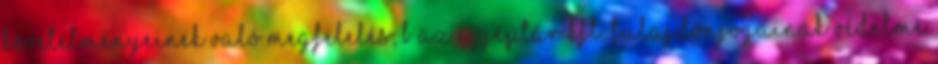
követelményeinek való megfelelés; b az e-GépTár Kft. tulajdonjogainak védelme